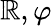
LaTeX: \mathbb{R},\varphi